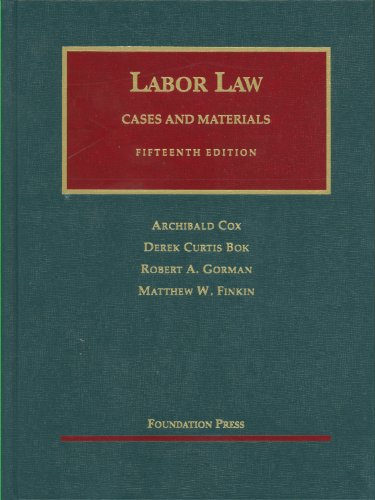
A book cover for Labor Law (University Casebook Series); Archibald Cox; Law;